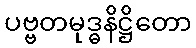
ပဗ္ဗတမုဒ္ဓနိဋ္ဌိတော